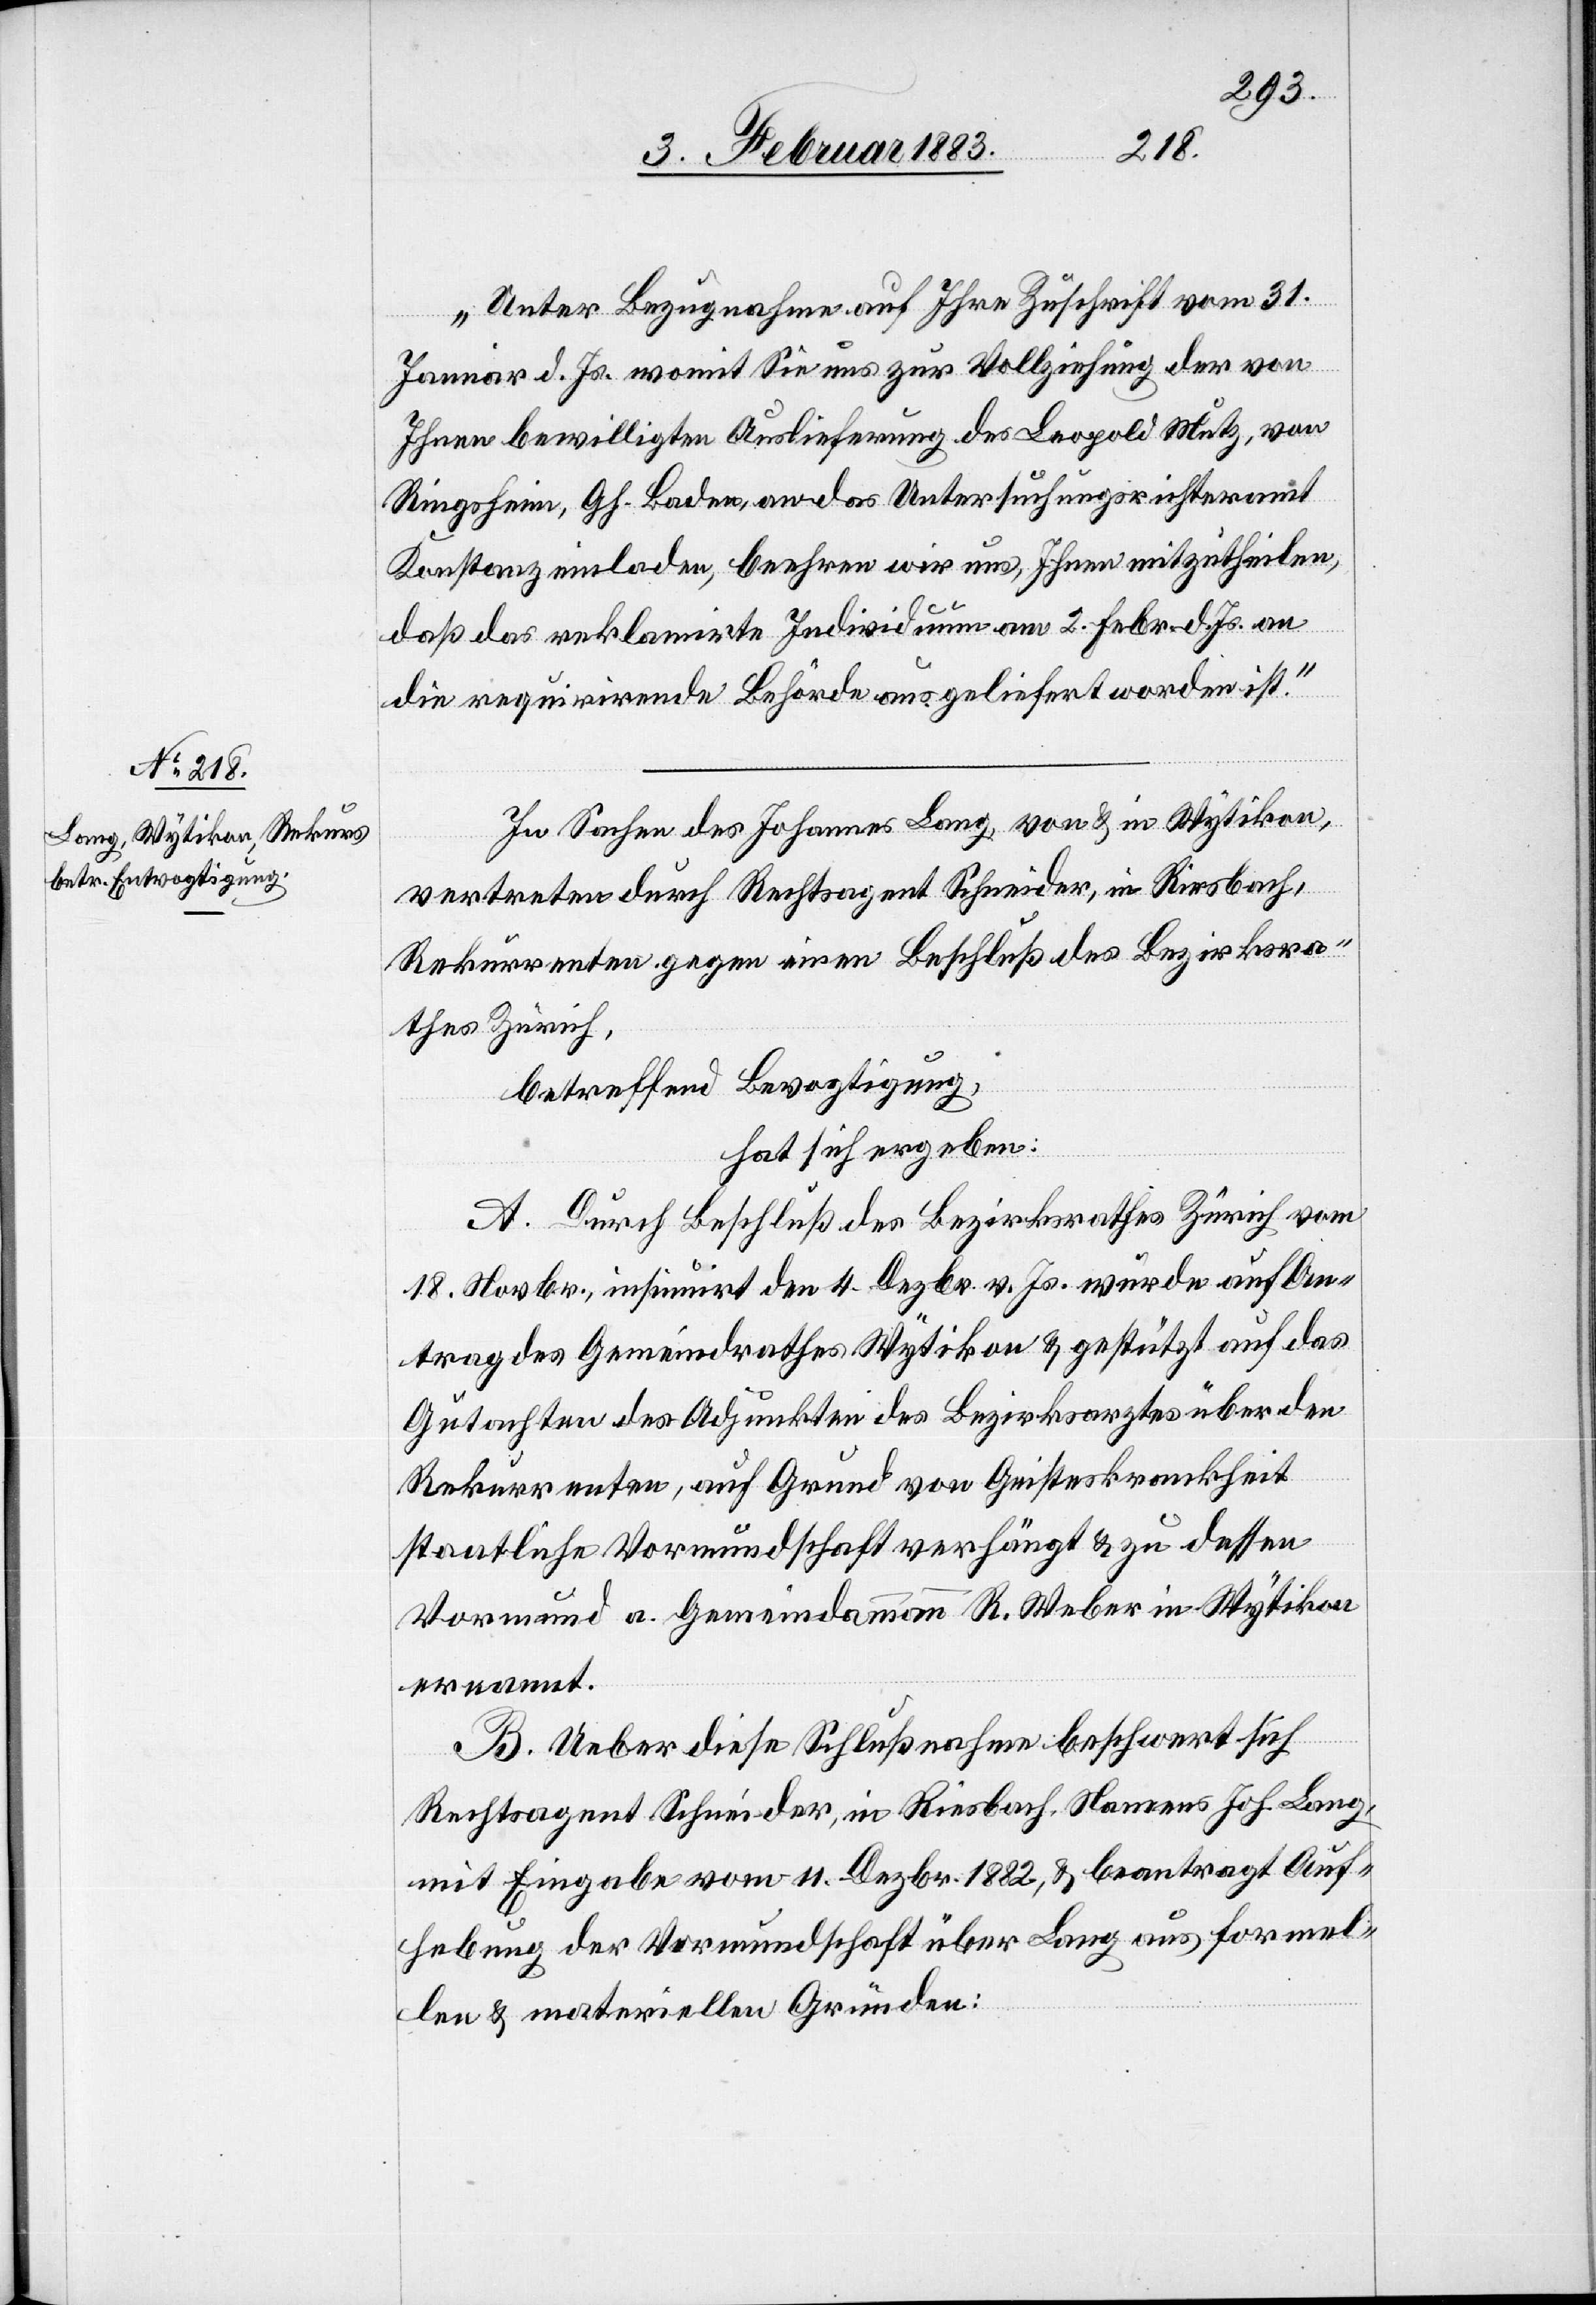
„Unter Bezugnahme auf Ihre Zuschrift vom 31.
Januar d. Js. womit Sie uns zur Vollziehung der von
Ihnen bewilligten Auslieferung des Leopold Mutz, von
Ringsheim, Gh. Baden, an das Untersuchungsrichteramt
Konstanz einladen, beehren wir uns, Ihnen mitzutheilen,
daß das reklamirte Individuum am 2. Febr. d. Js. an
die requirirende Behörde ausgeliefert worden ist.“
In Sachen des Johannes Lang, von & in Wytikon,
vertreten durch Rechtsagent Schneider, in Riesbach,
Rekurrenten gegen einen Beschluß des Bezirksra¬
thes Zürich,
betreffend Bevogtigung
hat sich ergeben:
A. Durch Beschluß des Bezirksrathes Zürich vom
18. Novbr., insinuirt den 4. Dezbr. v. Js. wurde auf An¬
trag des Gemeindrathes Wytikon & gestützt auf das
Gutachten des Adjunkten des Bezirksarztes über den
Rekurrenten, auf Grund von Geisteskrankheit
staatliche Vormundschaft verhängt & zu dessen
Vormund a. Gemeindammann R. Weber in Wytikon
ernannt.
B. Ueber diese Schlußnahme beschwert sich
Rechtsagent Schneider, in Riesbach, Namens Joh. Lang,
mit Eingabe vom 11. Dezbr. 1882, & beantragt Auf¬
hebung der Vormundschaft über Lang aus formel¬
len & materiellen Gründen: